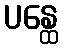
ပန္ထေ